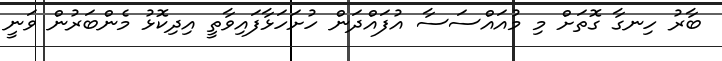
ބާރު ހިނގާ ގޮތަށް މި މުއައްސަސާ އުފައްދަން ހުށަހަޅާފައިވާތީ އިދިކޮޅު މެންބަރުން ވަނީ